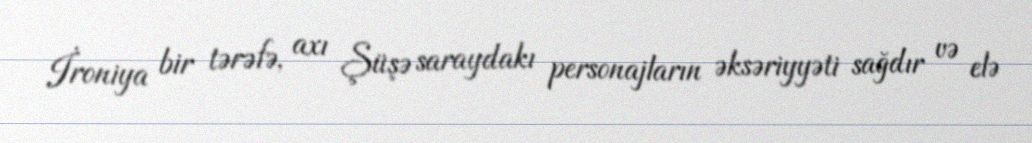
İroniya bir tərəfə, axı Şüşə saraydakı personajların əksəriyyəti sağdır və elə